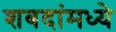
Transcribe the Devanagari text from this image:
शबदांमध्ये